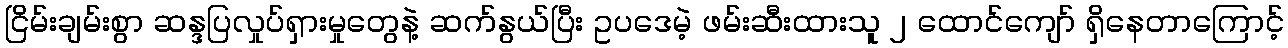
ငြိမ်းချမ်းစွာ ဆန္ဒပြလှုပ်ရှားမှုတွေနဲ့ ဆက်နွယ်ပြီး ဥပဒေမဲ့ ဖမ်းဆီးထားသူ ၂ ထောင်ကျော် ရှိနေတာကြောင့်